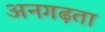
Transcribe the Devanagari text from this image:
अनगढ़ता